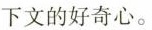
下文的好奇心。